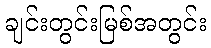
ချင်းတွင်းမြစ်အတွင်း